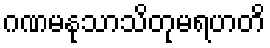
ဂဏမနုသာသိတုမရဟတိ